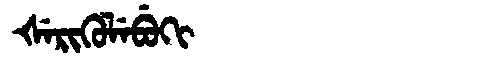
Manchu: ᡧᡝᡵᡳᡴᡠᠯᡝᠪᡠᡴᡳ
Romanization: ŠERIKULEBUKI